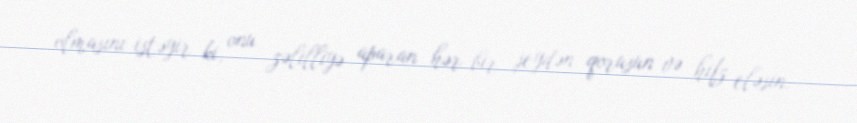
olmasını istəyir ki, onu zəlilliyə aparan hər bir şeydən qorusun və hifz eləsin.